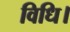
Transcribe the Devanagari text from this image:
विधि।